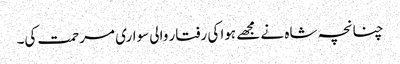
چنانچہ شاہ نے مجھے ہوا کی رفتار والی سواری مرحمت کی۔